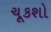
ચૂકશો